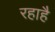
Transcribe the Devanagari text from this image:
रहाहै